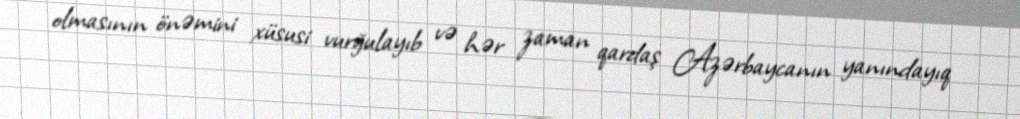
olmasının önəmini xüsusi vurğulayıb və hər zaman qardaş Azərbaycanın yanındayıq